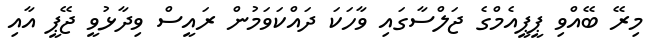
މިރޭ ބޭއްވި ޕީޕީއެމްގެ ޖަލްސާގައި ވާހަކަ ދައްކަވަމުން ރައީސް ވިދާޅުވީ ޖޭޕީ އާއި